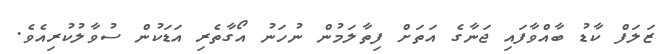
ޒަލަފް ކާޑު ބާއްވާފައި ޖަނާގެ އަތަށް ފިތާލަމުން ނުހަނު އޯގާތެރި އަޑަކުން ސުވާލުކުރިއެވެ.